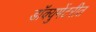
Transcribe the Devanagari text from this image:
डॉक्युमेंटरीत